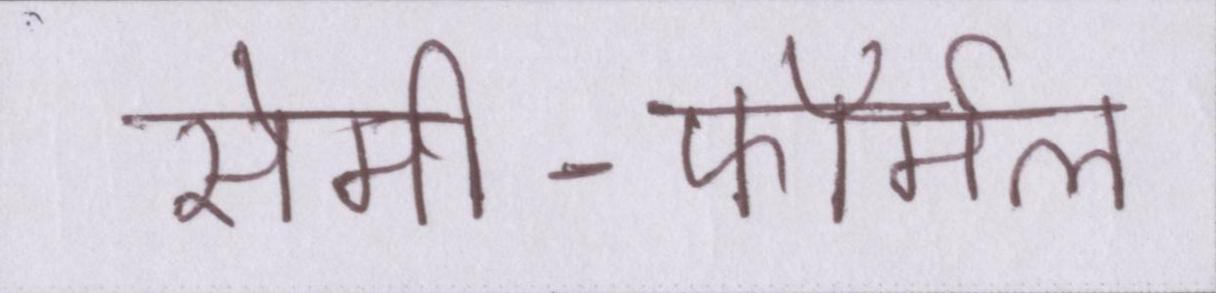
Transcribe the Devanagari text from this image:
सेमी-फॉर्मल